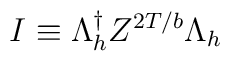
I \equiv \Lambda_h^\dagger Z^{2T/b}\Lambda_h